Juri_Uluots, lk 92
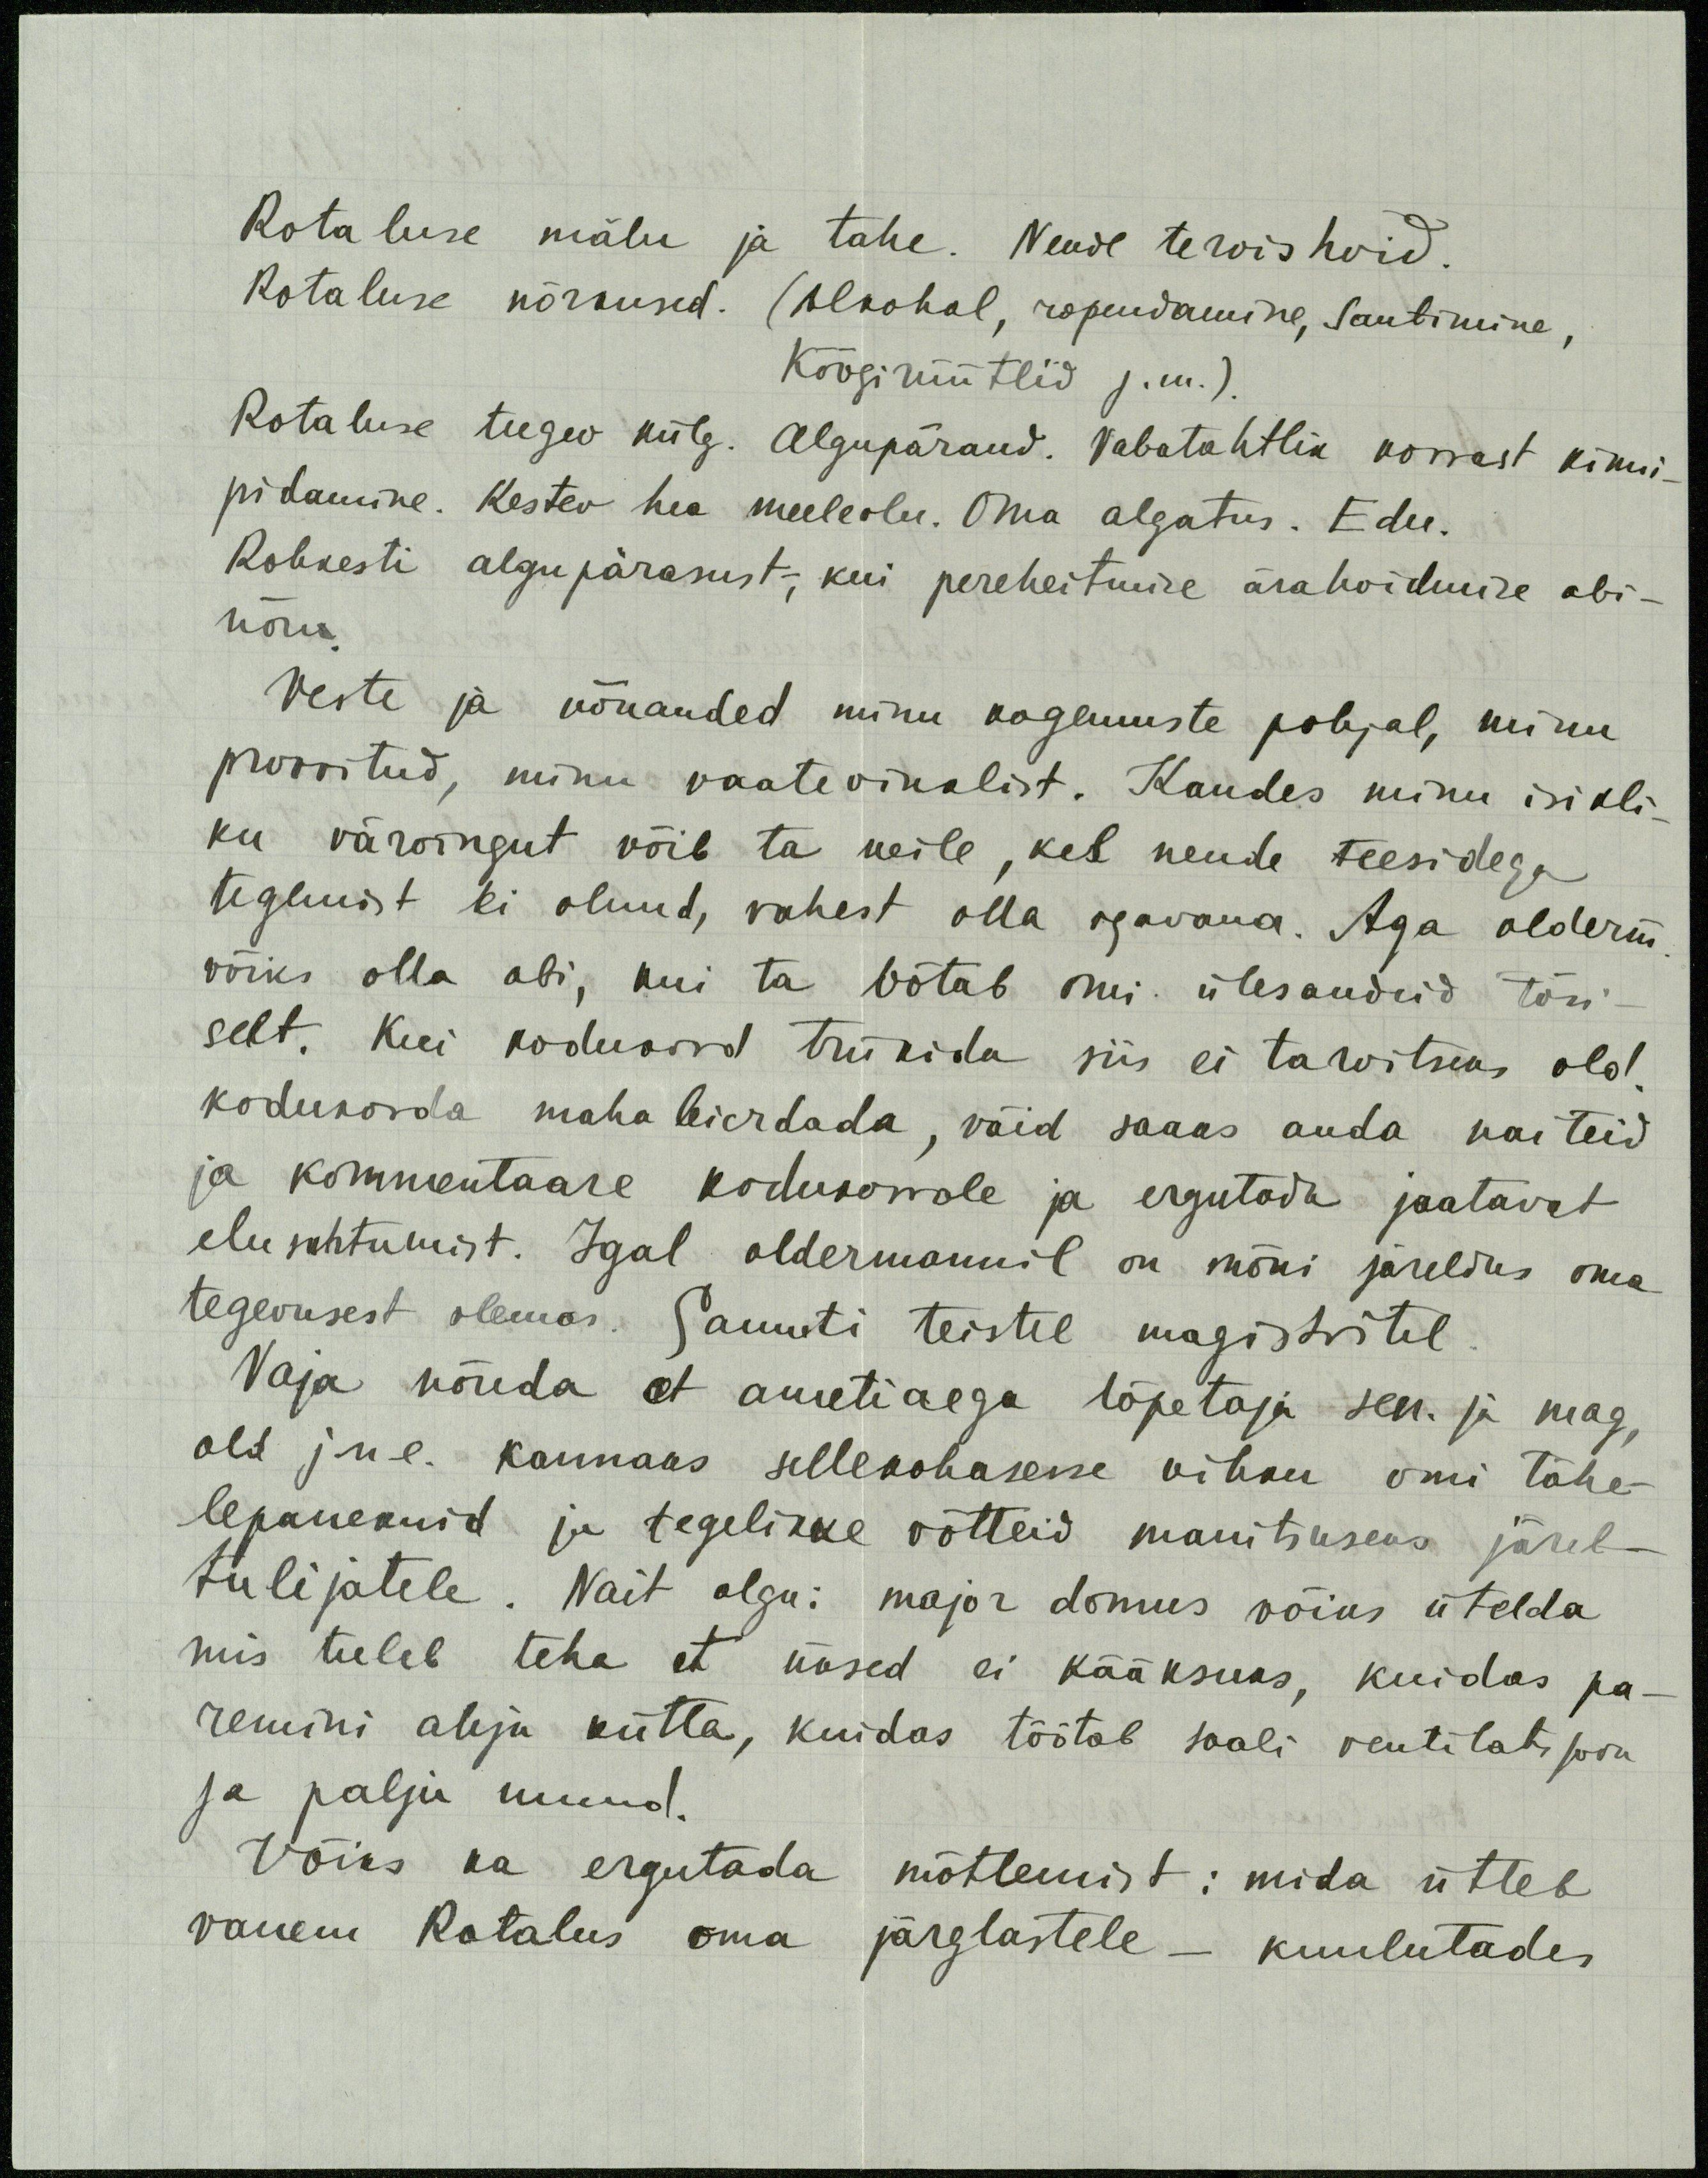
Rotaluse mälu ja tahe. Nende tervishoid.
Rotaluse nõrkused. (Alkohol, ropendamine, santimine,
köögirüütlid j.m.).
Rotaluse tugev külg. Algupärand. Vabatahtlik korrast kinni-
pidamine. Kestev hea meeleolu. Oma algatus. Edu.
Rohkesti algupärasust, kui pereheitmise ärahoidmise abi-
nõu.
Veste ja nõuanded minu kogemuste pohjal, minu
proovitud, minu vaatevinklist. Kandes minu isikli-
ku värvingut võib ta neile, kel nende teesidega
tegemist ei olnud, vahest olla igavana. Aga olderm
võiks olla abi, kui ta võtab omi ülesandeid tõsi-
selt. Kui kodukord trükida siis ei tarvitseks old.
kodukorda maha leierdada, väid saaks anda naiteid
ja kommentaare kodukorrale ja ergutada jaatavat
elusuhtumist. Igal oldermannil on mõni järeldus oma
tegevusest olemas. Samuti teistel magistritel
Vaja nõuda et ametiaega lõpetaja sen. ja mag,
old jne. kannaks sellekohasesse vihku omi tähe-
lepanekuid ja tegelikke võtteid manitsuseks järel-
tulijatele. Nait olgu: major domus võiks ütelda
mis tuleb teha et uksed ei kääksuks, kuidas pa-
remini ahju kütta, kuidas töötab saali ventilatsjoon
ja palju muud.
Võiks ka ergutada mõtlemist: mida ütleb
vanem Rotalus oma järglastele - kuulutades